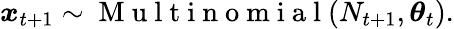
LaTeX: \boldsymbol x_{t+1}\sim\mathrm{~M~u~l~t~i~n~o~m~i~a~l~}(N_{t+1},\boldsymbol{\theta}_{t}).